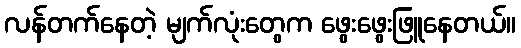
လန်တက်နေတဲ့ မျက်လုံးတွေက ဖွေးဖွေးဖြူနေတယ်။